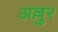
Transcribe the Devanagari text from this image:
अल्लुर